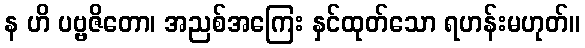
န ဟိ ပဗ္ဗဇိတော၊ အညစ်အကြေး နှင်ထုတ်သော ရဟန်းမဟုတ်။